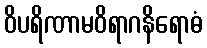
ဝိပရိဏာမဝိရာဂနိရောဓံ